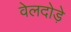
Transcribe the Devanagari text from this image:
वेलदोड़े